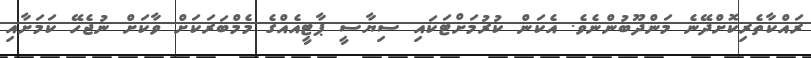
ރައްކާތެރިކޮށްދޭނެ މަންދޫބުންނެވެ. އެކަން ކުރުމަށްޓަކައި ސިޔާސީ ޕާޓީއެއްގެ މެމްބަރަކަށް ވާކަށް ނުޖެހޭ ކަމަށާއި